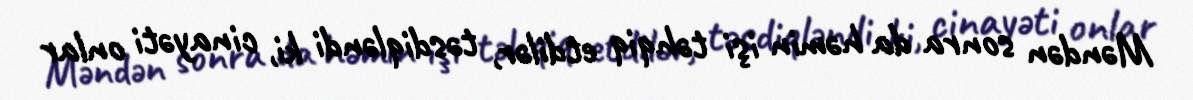
Məndən sonra da həmin işi təhqiq etdilər, təsdiqləndi ki, cinayəti onlar